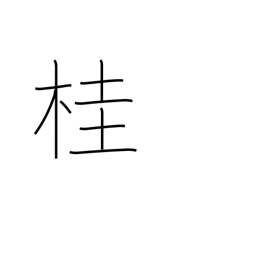
Meaning: Japanese Judas-tree